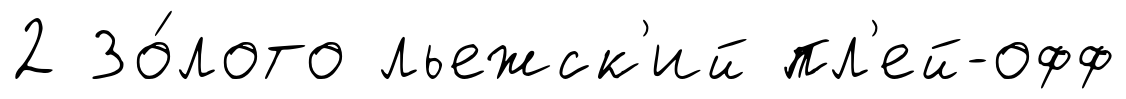
2 Зо́лото льежск'ий пл'ей-офф